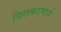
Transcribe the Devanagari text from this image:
निराकरणार्थ